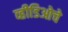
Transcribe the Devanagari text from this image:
व्हीडिओचे